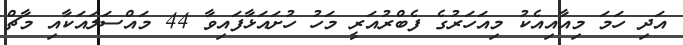
އަދި ހަމަ މިއާއިއެކު މިއަހަރުގެ ފެބްރުއަރީ މަހު ހުށައަޅާފައިވާ 44 މައްސަލައަކާއި މާޗް